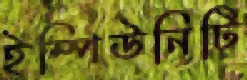
ইম্পিউনিটি